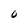
Character: 0